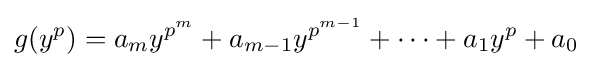
g(y^{p})=a_{m}y^{p^{m}}+a_{m-1}y^{p^{m-1}}+\cdots +a_{1}y^{p}+a_{0}